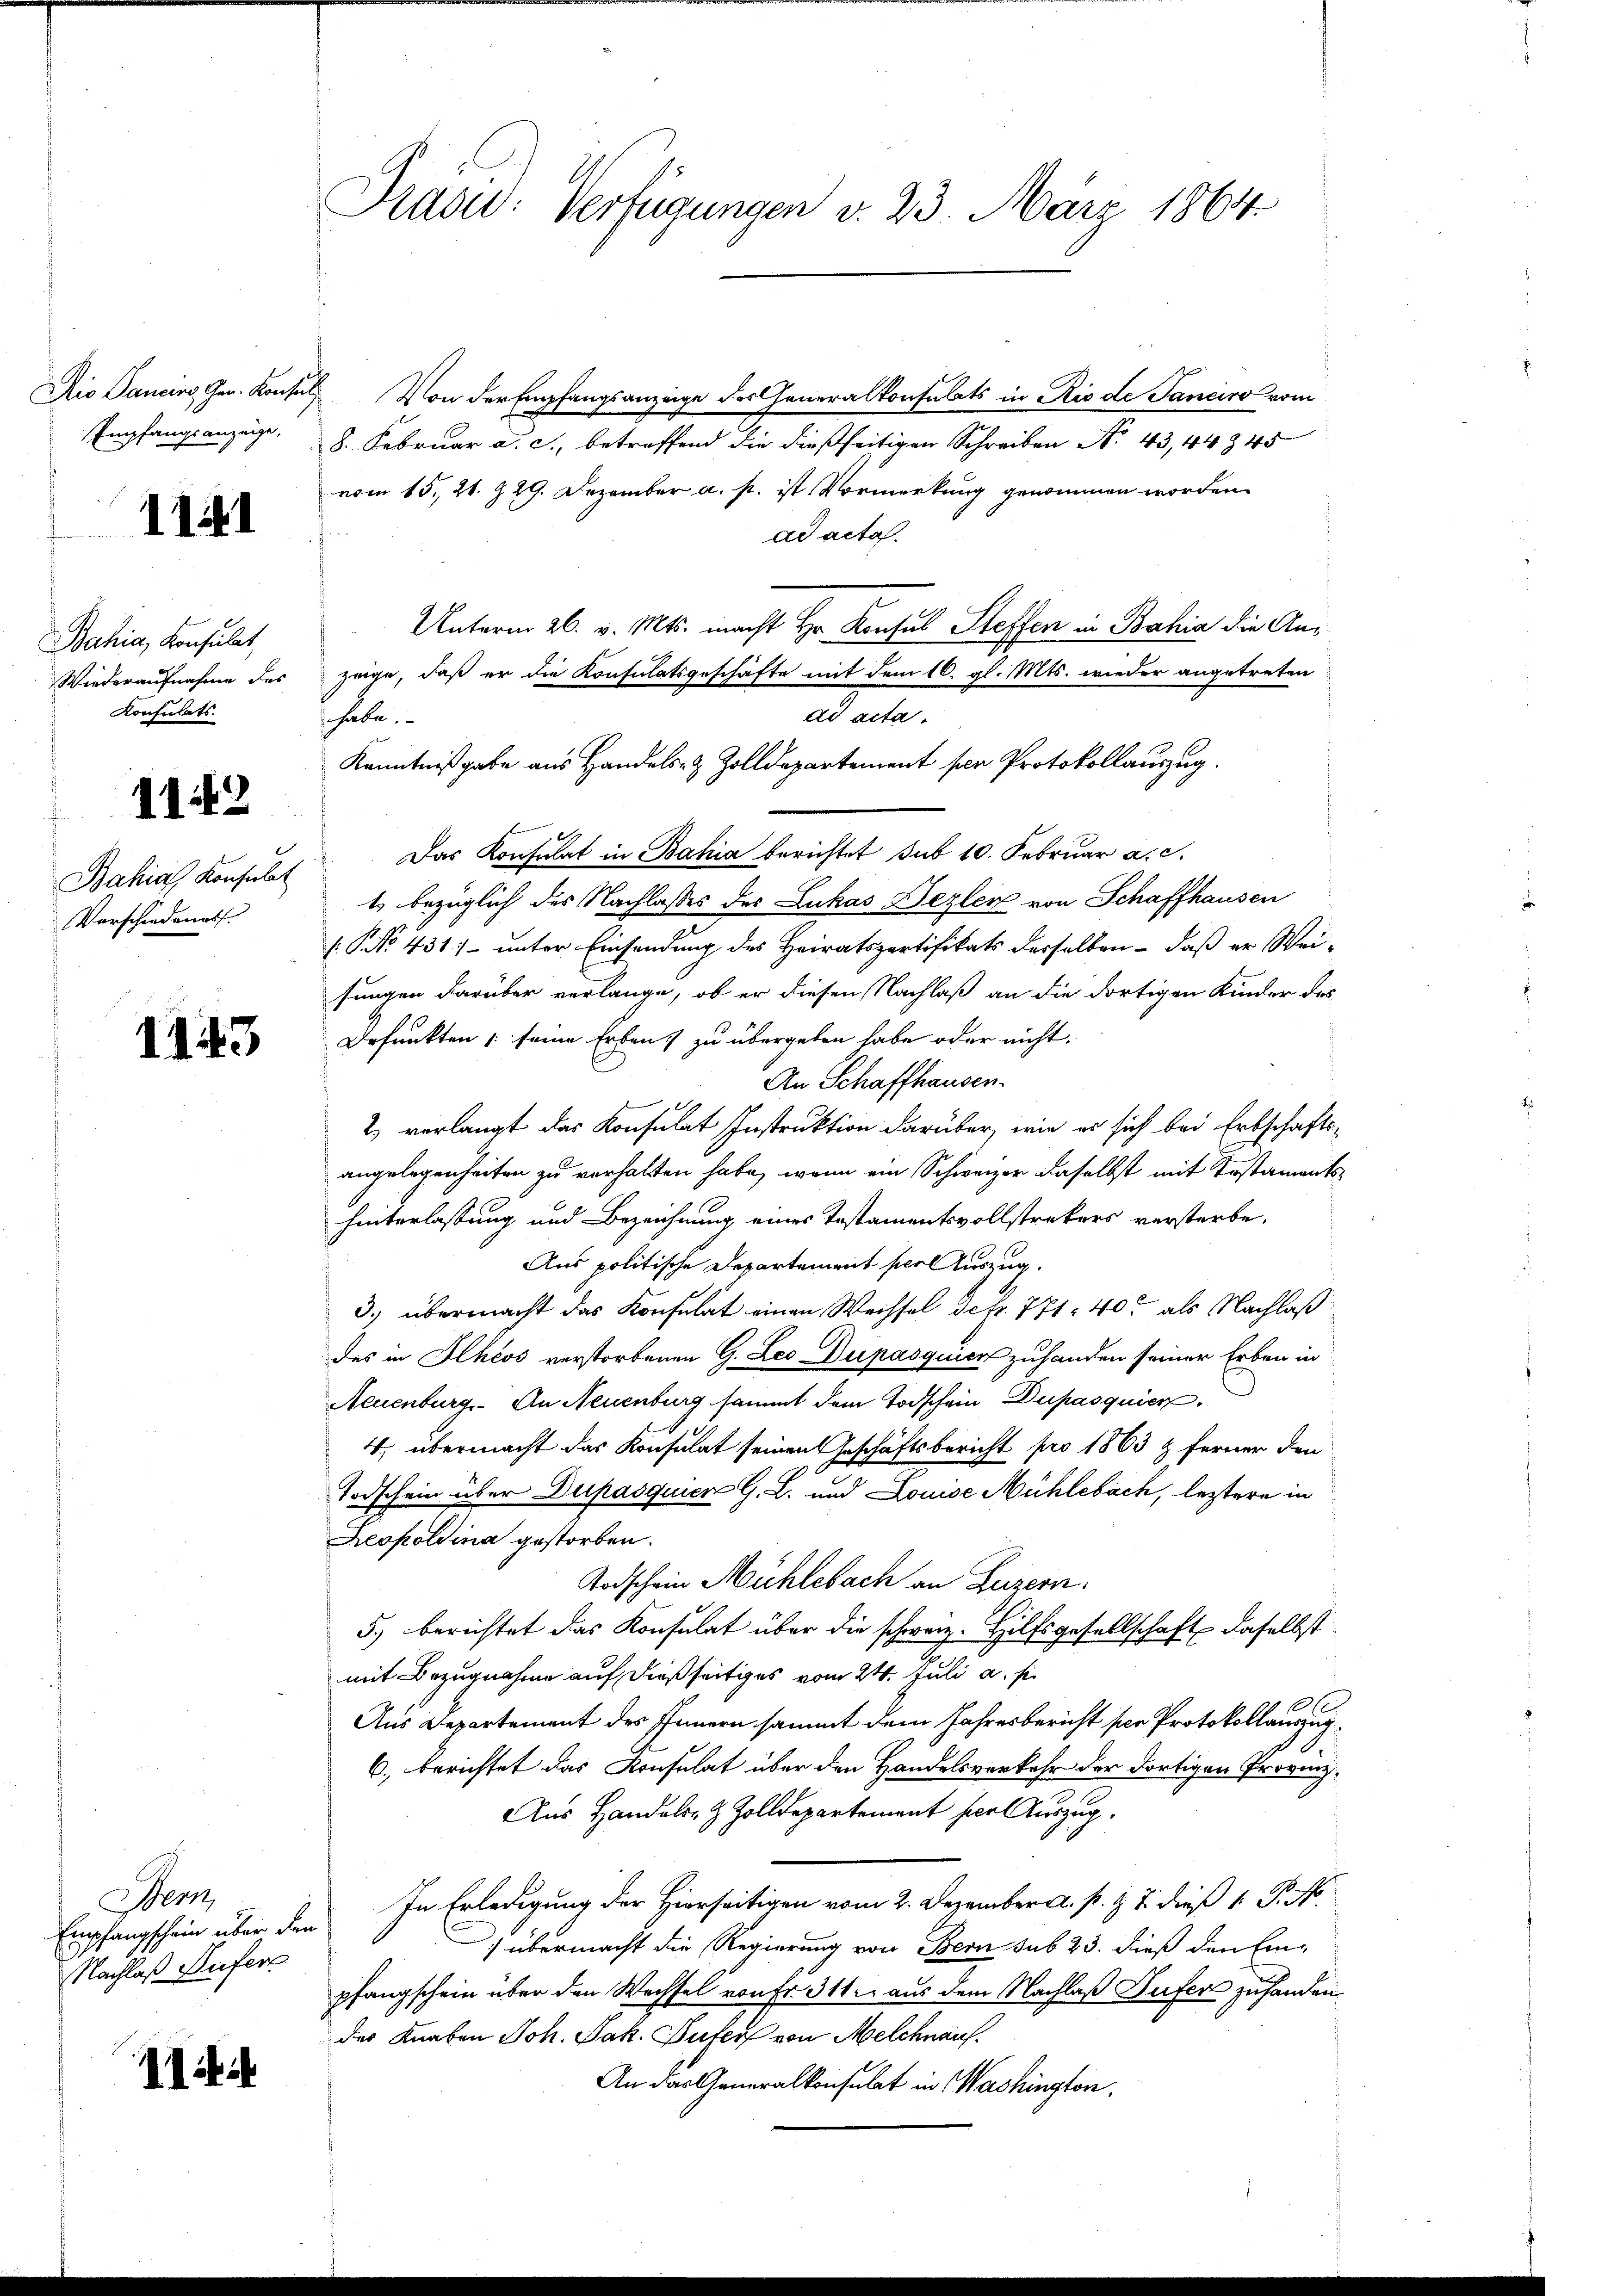
Dis Pancins Gen. Konsul
Empfangsanzeige,

1141

Bahia, Konsulat,
Wiederaufnahme des
Konsulats.

1142

Bahia, Konsulat
Verschiedenast.

1143

Her
Empfangschein über der
Nachlaß Sufers

11

Pradid: Verfügungen v. 23. März 1864.

Von der Empfangsanzeige des Generalkonsulats in Rio de Janeiro vom
8. Februar a. c., betreffend die dießseitigen Schreiben No. 43, 44 § 45
vom 15. 21. 229. Dezember a. p. ist Vormerkung genommen worden
ad acta.
Unterm 26. v. Mts. macht Hr. Konsul Steffen in Bahia die Anzeige, daß er die Konsulatsgeschäfte mit dem 16. gl. Mts. wieder angetreten
de acta.
 habe.
Kenntnißgabe aus Handels- & Zolldepartement per Protokollauszug.
Das Konsulat in Bahia berichtet sub 10. Februar a. c.
t bezüglich des Nachlasses des Lukas Dezler von Schaffhausen
NNo. 431) unter Einsendung des Heiratspertifikats derselben - daß er Wei-
sungen darüber verlange, ob er diesen Nachlaß an die dortigen Kinder des
Defunkten seine Erben zu übergeben habe oder nicht.
An Schaffhausen.
2) verlangt das Konsulat Instruktion darüber, wie er sich bei Erbschaftsangelegenheiten zu verhalten habe, wenn ein Schweizer daselbst mit Testamentshinterlassung und Bezeichnung eines Testamentsvollstrekers versterbe.
Aus politische Departement ser Auszug.
3.) übermacht das Konsulat einen Wechsel de p. 771, 40 als Nachlaß
des in Ilhéos verstorbenen G. Leo-Dupasquien zuhanden seiner Erben in
Neuenburg. An Neuenburg sammt dem Todschein Dupasquier
4. übermacht das Konsulat seinen Geschäftsbericht pro 1863 & ferner den
Todschein über Dupasquien G. L. und Louise Mühlebach, leztere in
Leopoldina gestorben.
Todschein Mühlebach an Luzern.
5.) berichtet das Konsulat über die schweiz. Hilfsgesellschaft daselbst
mit Bezugnahme auf dießseitiges vom 24. Juli a. s.
2
Aus Departement des Innern sammt dem Jahresbericht per Protokollauszug.
6) berichtet das Konsulat über den Handelsverkehr der dortigen Provinz.
Aus Handels- & Zolldepartement her Auszug.
In Erledigung der Hierseitigen vom 2. Dezember a. p. T. dieß 1 P. N
) übermacht die Regierung von Bern sub 23. dieß den Einpfangschein über den Wechsel von Fr. 311. aus dem Nachlaß Dufer zu handen
des Knaben Joh. Jak. Zufers von Melchnauf.
An das Generalkonsulat in Washington,